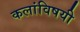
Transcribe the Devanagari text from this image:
कलांविषयी